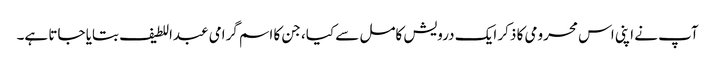
آپ نے اپنی اس محرومی کا ذکر ایک درویش کامل سے کیا، جن کا اسم گرامی عبداللطیف بتایا جاتا ہے۔